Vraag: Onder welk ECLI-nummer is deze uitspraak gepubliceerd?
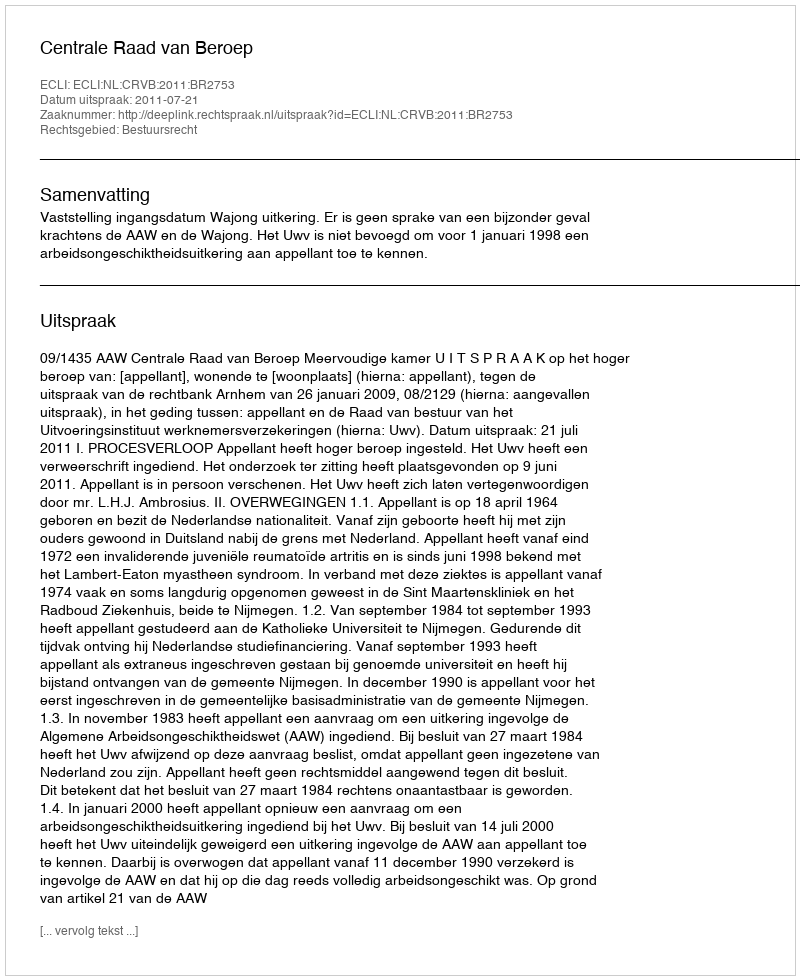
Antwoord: ECLI:NL:CRVB:2011:BR2753